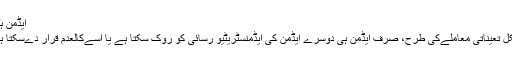
ایڈمن ہٹانا
بالکل تعیناتی معاملےکی طرح، صرف ایڈمن ہی دوسرے ایڈمن کی ایڈمنسٹریٹیو رسائی کو روک سکتا ہے یا اُسےکالعدم قرار دےسکتا ہے۔